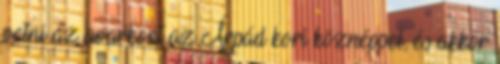
vetni az avarkort az Árpád kori köznéppel, és akkor